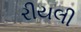
રીયલી